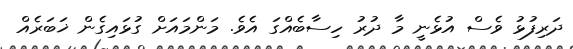
ދަރިފުޅު ވެސް އުޅެނީ މާ ދުރު ހިސާބެއްގަ އެވެ. މަންމައަށް ގުޅައިގެން ޚަބަރެއް